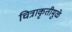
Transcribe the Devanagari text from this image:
चित्राकृतीमुळे